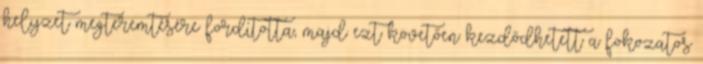
helyzet megteremtésére fordította, majd ezt követően kezdődhetett a fokozatos